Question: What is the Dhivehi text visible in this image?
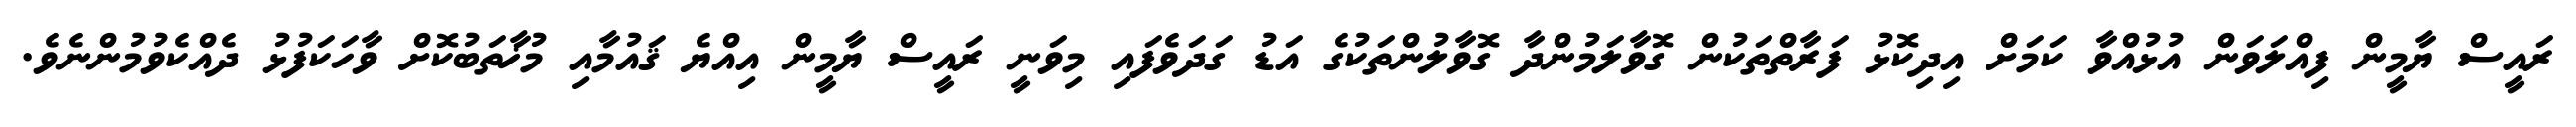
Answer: ރައީސް ޔާމީން ފިއްލަވަން އުޅުއްވާ ކަމަށް އިދިކޮޅު ފަރާތްތަކުން ގޮވާލަމުންދާ ގޮވާލުންތަކުގެ އަޑު ގަދަވެފައި މިވަނީ ރައީސް ޔާމީން އިއްޔެ ޤައުމާއި މުޚާތަބުކޮށް ވާހަކަފުޅު ދެއްކެވުމުންނެވެ.